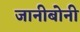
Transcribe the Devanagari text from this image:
जानीबोनी